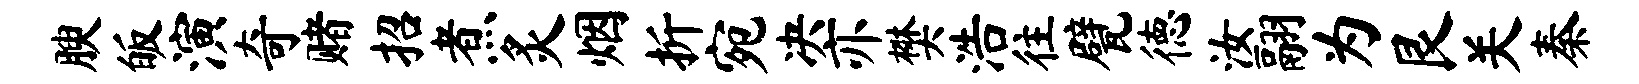
腴皈演奇赌招煮炙烟折宛决亦樊浩往甓德汝翮为艮关秦